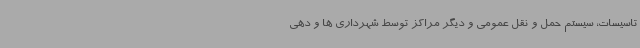
تاسیسات، سیستم حمل و نقل عمومی و دیگر مراکز توسط شهرداری ها و دهی